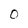
Character: 0